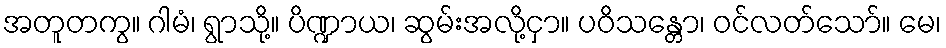
အတူတကွ။ ဂါမံ၊ ရွာသို့။ ပိဏ္ဍာယ၊ ဆွမ်းအလို့ငှာ။ ပဝိသန္တော၊ ဝင်လတ်သော်။ မေ၊